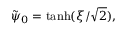
\tilde { \psi } _ { 0 } = \operatorname { t a n h } ( \xi / \sqrt { 2 } ) ,